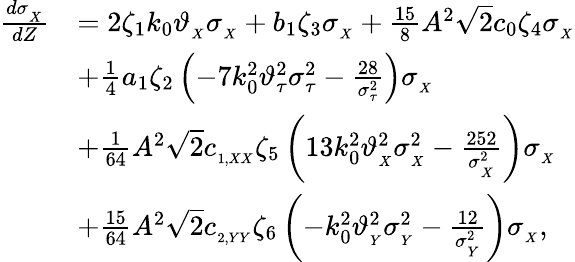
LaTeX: \begin{array}{rl}{\frac{d\sigma_{_X}}{dZ}}&{=2\zeta_{1}k_{0}\vartheta_{_{X}}\sigma_{_X}+b_{1}\zeta_{3}\sigma_{_X}+\frac{15}{8}A^{2}\sqrt{2}c_{0}\zeta_{4}\sigma_{_X}}\\ &{+\frac{1}{4}a_{1}\zeta_{2}\left(-7k_{0}^{2}\vartheta_{\tau}^{2}\sigma_{\tau}^{2}-\frac{28}{\sigma_{\tau}^{2}}\right)\sigma_{_X}}\\ &{+\frac{1}{64}A^{2}\sqrt{2}c_{_{1,XX}}\zeta_{5}\left(13k_{0}^{2}\vartheta_{_{X}}^{2}\sigma_{_X}^{2}-\frac{252}{\sigma_{_X}^{2}}\right)\sigma_{_X}}\\ &{+\frac{15}{64}A^{2}\sqrt{2}c_{_{2,YY}}\zeta_{6}\left(-k_{0}^{2}\vartheta_{_{Y}}^{2}\sigma_{_Y}^{2}-\frac{12}{\sigma_{_Y}^{2}}\right)\sigma_{_X},}\end{array}